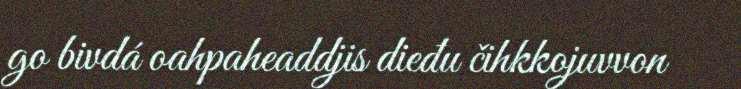
go bivdá oahpaheaddjis dieđu čihkkojuvvon